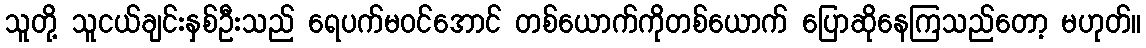
သူတို့ သူငယ်ချင်းနှစ်ဦးသည် ရေပက်မဝင်အောင် တစ်ယောက်ကိုတစ်ယောက် ပြောဆိုနေကြသည်တော့ မဟုတ်။